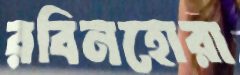
রবিনহোরা